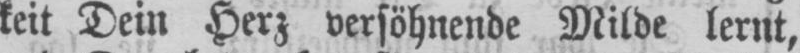
keit Dein Herz versöhnende Milde lernt,